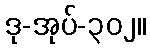
ဒု-အုပ်-၃၀၂။